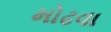
મોઢવા